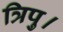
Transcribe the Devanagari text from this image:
त्रिपु।